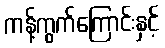
ကန့်ကွက်ကြောင်းနှင့်